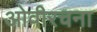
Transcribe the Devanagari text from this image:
ओवीरचना